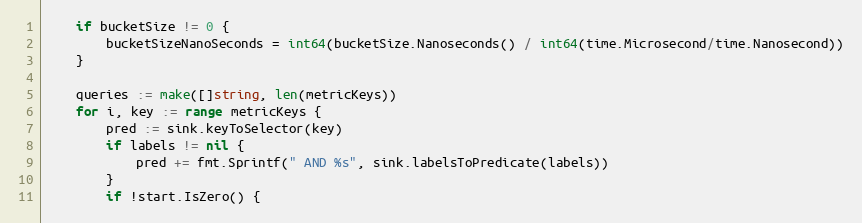
Language: Go
	if bucketSize != 0 {
		bucketSizeNanoSeconds = int64(bucketSize.Nanoseconds() / int64(time.Microsecond/time.Nanosecond))
	}

	queries := make([]string, len(metricKeys))
	for i, key := range metricKeys {
		pred := sink.keyToSelector(key)
		if labels != nil {
			pred += fmt.Sprintf(" AND %s", sink.labelsToPredicate(labels))
		}
		if !start.IsZero() {